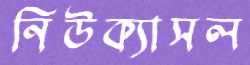
নিউক্যাসল